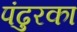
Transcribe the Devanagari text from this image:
पंढुरका